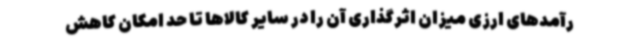
رآمدهای ارزی میزان اثرگذاری آن را در سایر کالاها تا حد امکان کاهش